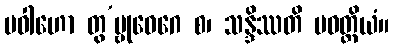
ပဝါဟော တွ’မ္ဗုဝေဂေ စ၊ သန္ဒိဿတိ ပဝတ္တိယံ။